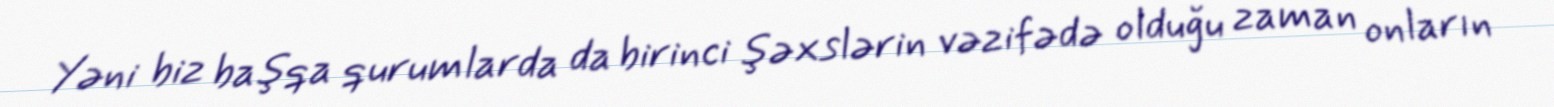
Yəni biz başqa qurumlarda da birinci şəxslərin vəzifədə olduğu zaman onların